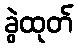
ခွဲထုတ်